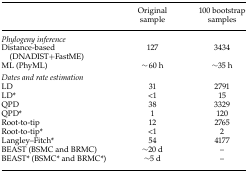
<table><thead><tr><td></td><td><b>Original sample</b></td><td><b>100 bootstrap samples</b></td></tr></thead><tbody><tr><td colspan="3"><i>Phylogeny inference</i></td></tr><tr><td>Distance-based (DNADIST+FastME)</td><td>127</td><td>3434</td></tr><tr><td>ML (PhyML)</td><td>∼60 h</td><td>∼35 h</td></tr><tr><td colspan="3"><i>Dates and rate estimation</i></td></tr><tr><td>LD</td><td>31</td><td>2791</td></tr><tr><td>LD*</td><td>&lt;1</td><td>15</td></tr><tr><td>QPD</td><td>38</td><td>3329</td></tr><tr><td>QPD*</td><td>1</td><td>120</td></tr><tr><td>Root-to-tip</td><td>12</td><td>2765</td></tr><tr><td>Root-to-tip*</td><td>&lt;1</td><td>2</td></tr><tr><td>Langley–Fitch*</td><td>54</td><td>4177</td></tr><tr><td>BEAST (BSMC and BRMC)</td><td>∼20 d</td><td>–</td></tr><tr><td>BEAST* (BSMC* and BRMC*)</td><td>∼5 d</td><td>–</td></tr></tbody></table>